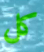
كل